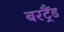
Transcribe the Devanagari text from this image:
बरट्रैंड